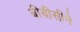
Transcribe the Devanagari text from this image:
बीबीसीने